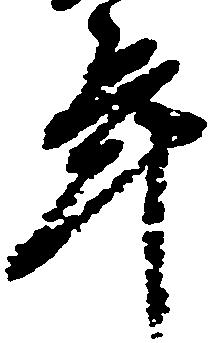
年